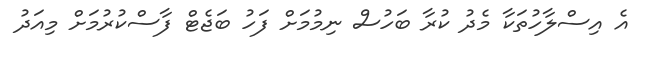
އެ އިސްލާހުތަކާ މެދު ކުރާ ބަހުސް ނިމުމަށް ފަހު ބަޖެޓް ފާސްކުރުމަށް މިއަދު